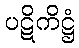
ပဋိကိဋ္ဌံ